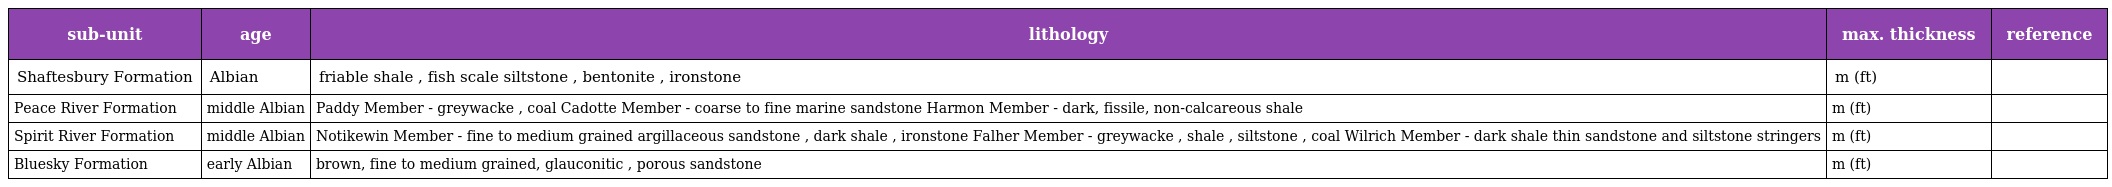
| sub-unit | age | lithology | max. thickness | reference |
 | --- | --- | --- | --- | --- |
 | Shaftesbury Formation | Albian | friable shale , fish scale siltstone , bentonite , ironstone | m (ft) |  |
 | Peace River Formation | middle Albian | Paddy Member - greywacke , coal Cadotte Member - coarse to fine marine sandstone Harmon Member - dark, fissile, non-calcareous shale | m (ft) |  |
 | Spirit River Formation | middle Albian | Notikewin Member - fine to medium grained argillaceous sandstone , dark shale , ironstone Falher Member - greywacke , shale , siltstone , coal Wilrich Member - dark shale thin sandstone and siltstone stringers | m (ft) |  |
 | Bluesky Formation | early Albian | brown, fine to medium grained, glauconitic , porous sandstone | m (ft) |  |